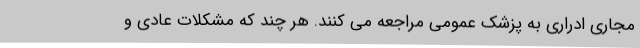
مجاری ادراری به پزشک عمومی مراجعه می کنند. هر چند که مشکلات عادی و